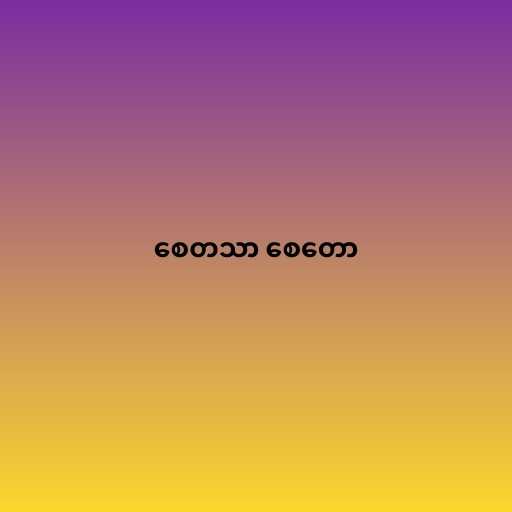
စေတသာ စေတော